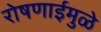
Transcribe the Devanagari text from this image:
रोषणाईमुळे